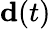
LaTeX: \mathbf{d}(t)